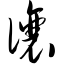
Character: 让